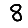
Digit: 8